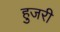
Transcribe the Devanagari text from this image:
हुजरी